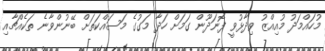
މުހައްމަދު މުއިއްޒު ވިދާޅުވީ ފޮނަދޫން ގަމަށް ހަދާ މަގުގެ މަސައްކަތަށް ބޭނުންވާނެ ތަކެއްޗާއި